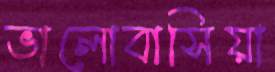
ভালোবাসিয়া